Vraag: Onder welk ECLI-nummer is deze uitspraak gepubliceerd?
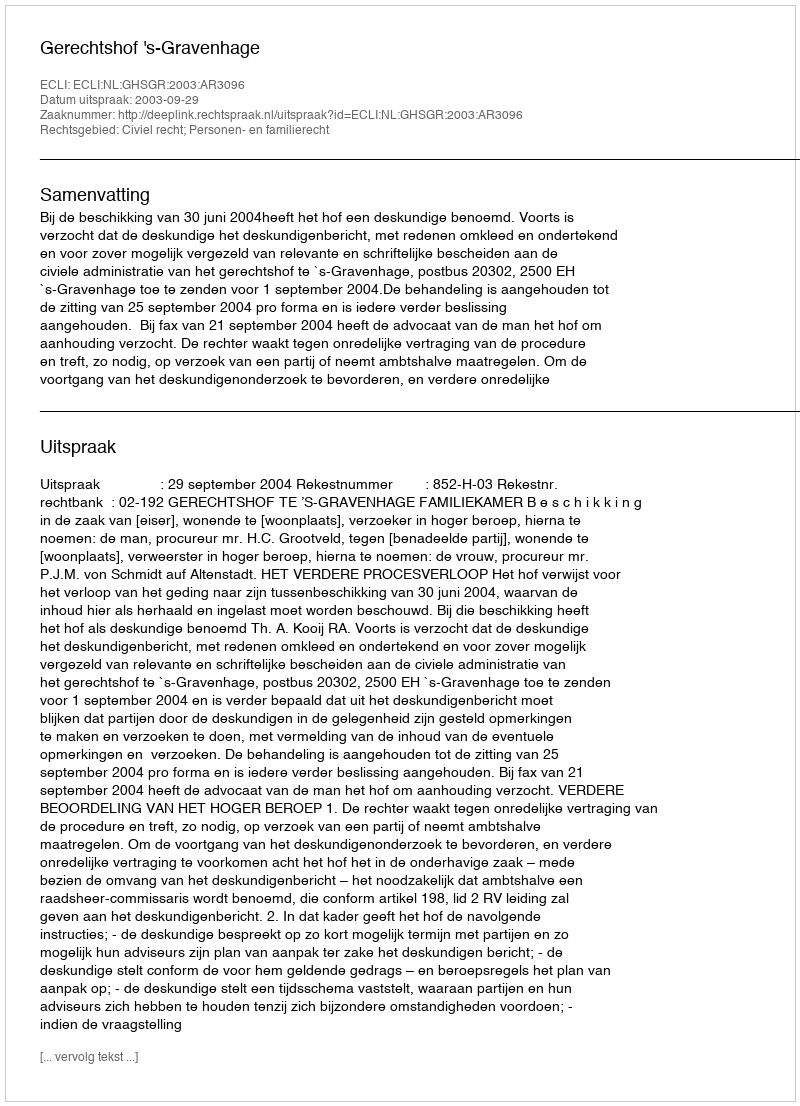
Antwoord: ECLI:NL:GHSGR:2003:AR3096